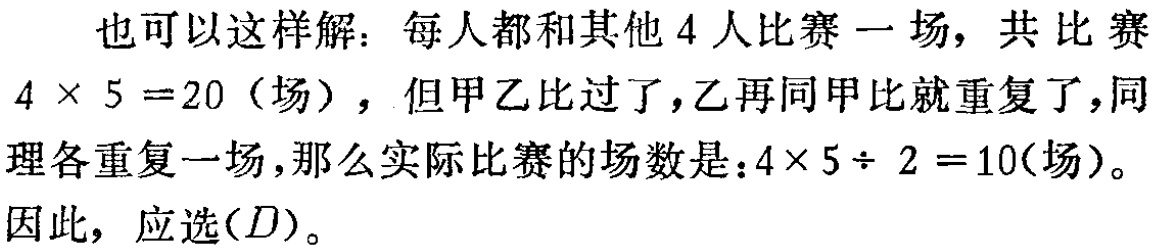
也可以这样解：每人都和其他 4 人比赛一场，共比赛\(4\times5 = 20\)（场），但甲乙比过了，乙再同甲比就重复了，同理各重复一场，那么实际比赛的场数是：\(4\times5\div 2 = 10\)(场)。
因此，应选\((D)\)。